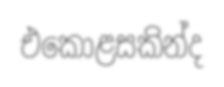
එකොළසකින්ද